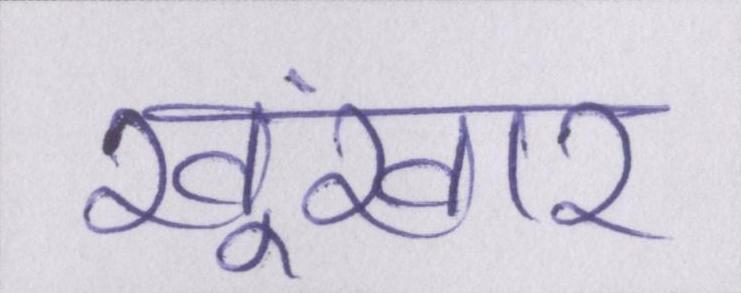
खूंखार